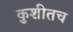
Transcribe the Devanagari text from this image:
कुशीतच